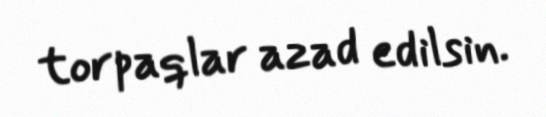
torpaqlar azad edilsin.